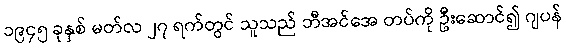
၁၉၄၅ ခုနှစ် မတ်လ ၂၇ ရက်တွင် သူသည် ဘီအင်အေ တပ်ကို ဦးဆောင်၍ ဂျပန်